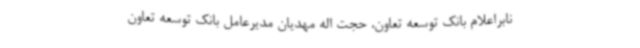
نابراعلام بانک توسعه تعاون، حجت اله مهدیان مدیرعامل بانک توسعه تعاون